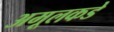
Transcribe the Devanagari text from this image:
अमूलकडे